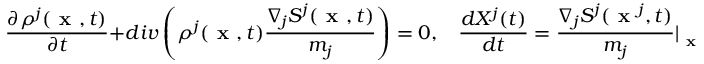
\frac { \partial \rho ^ { j } ( \textbf { x } , t ) } { \partial t } + d i v \left( \rho ^ { j } ( \textbf { x } , t ) \frac { \nabla _ { j } S ^ { j } ( \textbf { x } , t ) } { m _ { j } } \right) = 0 , ~ ~ ~ ~ \frac { d X ^ { j } ( t ) } { d t } = \frac { \nabla _ { j } S ^ { j } ( \textbf { x } ^ { j } , t ) } { m _ { j } } \vert _ { \textbf { x } = X ^ { j } ( t ) }